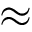
\approx